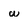
Character: w